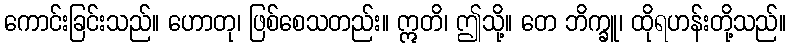
ကောင်းခြင်းသည်။ ဟောတု၊ ဖြစ်စေသတည်း။ ဣတိ၊ ဤသို့။ တေ ဘိက္ခူ၊ ထိုရဟန်းတို့သည်။